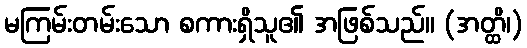
မကြမ်းတမ်းသော စကားရှိသူ၏ အဖြစ်သည်။ (အတ္ထိ၊)